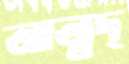
আত্মদ্